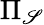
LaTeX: \Pi_{\mathscr{S}}